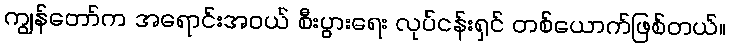
ကျွန်တော်က အရောင်းအဝယ် စီးပွားရေး လုပ်ငန်းရှင် တစ်ယောက်ဖြစ်တယ်။